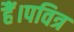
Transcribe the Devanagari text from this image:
हैं।पवित्र